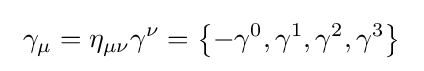
\ \gamma _{\mu }=\eta _{\mu \nu }\gamma ^{\nu }=\left\{-\gamma ^{0},\gamma ^{1},\gamma ^{2},\gamma ^{3}\right\}~